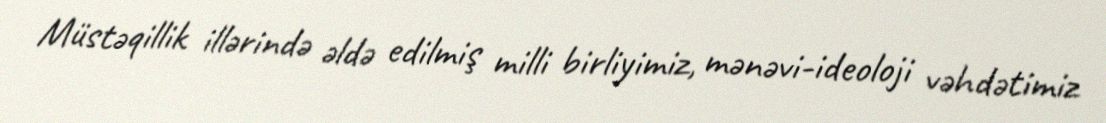
Müstəqillik illərində əldə edilmiş milli birliyimiz, mənəvi-ideoloji vəhdətimiz